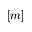
[ m ]